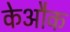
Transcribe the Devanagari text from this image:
केऔक